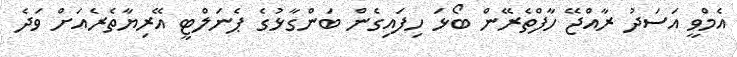
އެމްވީ އަސަދު ރާއްޖޭ ހާފްތެރޭން ބޯޅަ ހިފައިގެން ބަންގާޅުގެ ޕެނަލްޓީ އޭރިޔާތެރެއަށް ވަދެ